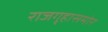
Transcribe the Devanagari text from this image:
राजगृहासमोर